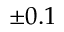
\pm 0 . 1